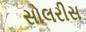
સોલરીસ